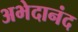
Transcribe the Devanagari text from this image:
अभेदानंद